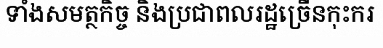
ទាំងសមត្ថកិច្ច និងប្រជាពលរដ្ឋច្រើនកុះករ